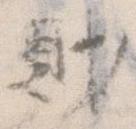
財